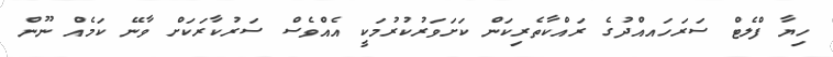
ހިޔާ ފްލެޓް ސަރަހައއްދުގެ ރައްކާތެރިކަން ކަށަވަރުކުރުމަކީ އެއްވެސް ސަރުކާރަކަށް ވާނޭ ކަމެއް ނޫން